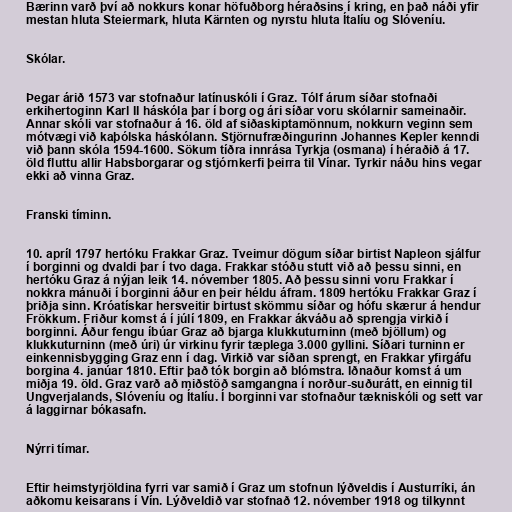
Bærinn varð því að nokkurs konar höfuðborg héraðsins í kring, en það náði yfir
mestan hluta Steiermark, hluta Kärnten og nyrstu hluta Ítalíu og Slóveníu.

Skólar.

Þegar árið 1573 var stofnaður latínuskóli í Graz. Tólf árum síðar stofnaði
erkihertoginn Karl II háskóla þar í borg og ári síðar voru skólarnir sameinaðir.
Annar skóli var stofnaður á 16. öld af siðaskiptamönnum, nokkurn veginn sem
mótvægi við kaþólska háskólann. Stjörnufræðingurinn Johannes Kepler kenndi
við þann skóla 1594-1600. Sökum tíðra innrása Tyrkja (osmana) í héraðið á 17.
öld fluttu allir Habsborgarar og stjórnkerfi þeirra til Vínar. Tyrkir náðu hins vegar
ekki að vinna Graz.

Franski tíminn.

10. apríl 1797 hertóku Frakkar Graz. Tveimur dögum síðar birtist Napleon sjálfur
í borginni og dvaldi þar í tvo daga. Frakkar stóðu stutt við að þessu sinni, en
hertóku Graz á nýjan leik 14. nóvember 1805. Að þessu sinni voru Frakkar í
nokkra mánuði í borginni áður en þeir héldu áfram. 1809 hertóku Frakkar Graz í
þriðja sinn. Króatískar hersveitir birtust skömmu síðar og hófu skærur á hendur
Frökkum. Friður komst á í júlí 1809, en Frakkar ákváðu að sprengja virkið í
borginni. Áður fengu íbúar Graz að bjarga klukkuturninn (með bjöllum) og
klukkuturninn (með úri) úr virkinu fyrir tæplega 3.000 gyllini. Síðari turninn er
einkennisbygging Graz enn í dag. Virkið var síðan sprengt, en Frakkar yfirgáfu
borgina 4. janúar 1810. Eftir það tók borgin að blómstra. Iðnaður komst á um
miðja 19. öld. Graz varð að miðstöð samgangna í norður-suðurátt, en einnig til
Ungverjalands, Slóveníu og Ítalíu. Í borginni var stofnaður tækniskóli og sett var
á laggirnar bókasafn.

Nýrri tímar.

Eftir heimstyrjöldina fyrri var samið í Graz um stofnun lýðveldis í Austurríki, án
aðkomu keisarans í Vín. Lýðveldið var stofnað 12. nóvember 1918 og tilkynnt